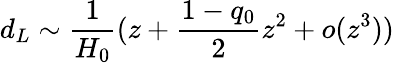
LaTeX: d_{L}\sim\frac{1}{H_{0}}(z+\frac{1-q_{0}}{2}z^{2}+o(z^{3}))